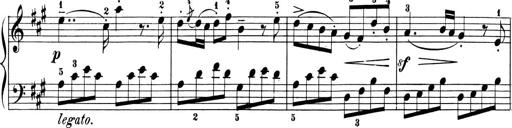
Title: 6 Piano Sonatinas
Composer: Cornelius Gurlitt